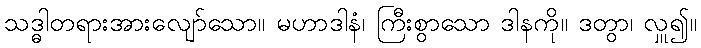
သဒ္ဓါတရားအားလျော်သော။ မဟာဒါနံ၊ ကြီးစွာသော ဒါနကို။ ဒတွာ၊ လှူ၍။